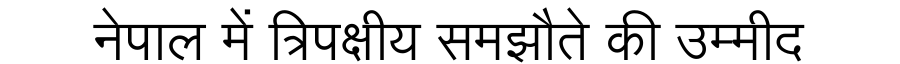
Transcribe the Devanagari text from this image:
नेपाल में त्रिपक्षीय समझौते की उम्मीद